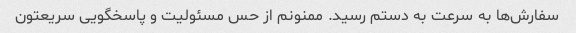
سفارش‌ها به سرعت به دستم رسید. ممنونم از حس مسئولیت و پاسخگویی سریعتون